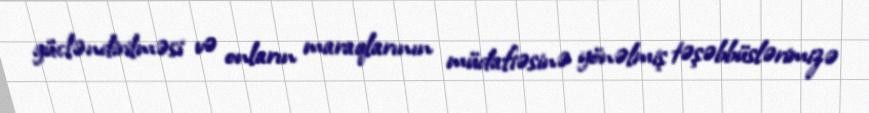
gücləndirilməsi və onların maraqlarının müdafiəsinə yönəlmiş təşəbbüslərimizə